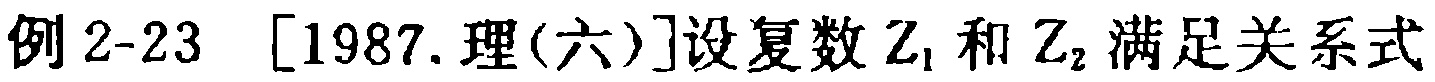
例2-23 [1987.理(六)]设复数\(Z_1\)和\(Z_2\)满足关系式